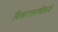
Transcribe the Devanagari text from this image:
विचारसरणीकडे